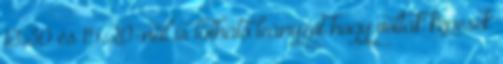
13:30 és 15:20-nál is látható leányzót hogy voltak képesek